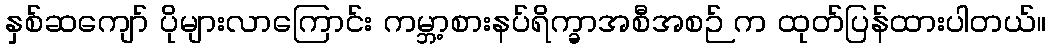
နှစ်ဆကျော် ပိုများလာကြောင်း ကမ္ဘာ့စားနပ်ရိက္ခာအစီအစဉ် က ထုတ်ပြန်ထားပါတယ်။